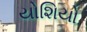
યોશિયો